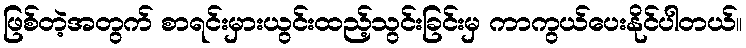
ဖြစ်တဲ့အတွက် စာရင်းမှားယွင်းထည့်သွင်းခြင်းမှ ကာကွယ်ပေးနိုင်ပါတယ်။